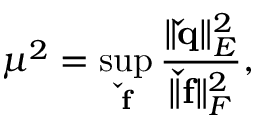
\mu ^ { 2 } = \operatorname* { s u p } _ { \mathbf { \check { f } } } \frac { \| \mathbf { \check { q } } \| _ { E } ^ { 2 } } { \| \mathbf { \check { f } } \| _ { F } ^ { 2 } } ,